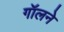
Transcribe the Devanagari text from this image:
गॉलने